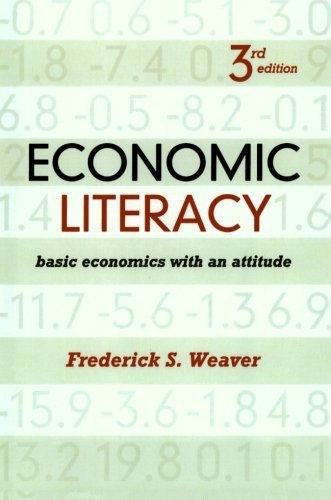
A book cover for Economic Literacy: Basic Economics with an Attitude; Frederick S. Weaver; Business & Money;